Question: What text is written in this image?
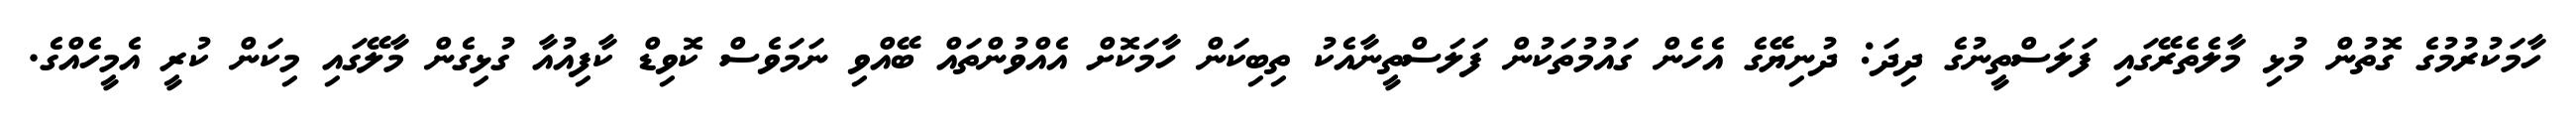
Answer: ހާމަކުރުމުގެ ގޮތުން މުޅި މާލެތެރޭގައި ފަލަސްތީނުގެ ދިދަ: ދުނިޔޭގެ އެހެން ގައުމުތަކުން ފަލަސްތީނާއެކު ތިބިކަން ހާމަކޮށް އެއްވުންތައް ބޭއްވި ނަމަވެސް ކޮވިޑް ކާފިއުއާ ގުޅިގެން މާލޭގައި މިކަން ކުރީ އެމީހެއްގެ.